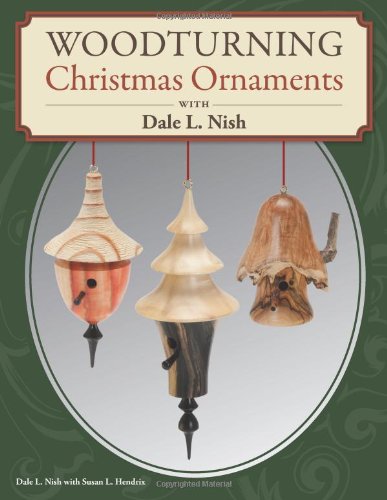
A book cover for Woodturning Christmas Ornaments with Dale L. Nish; Dale Nish; Crafts, Hobbies & Home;